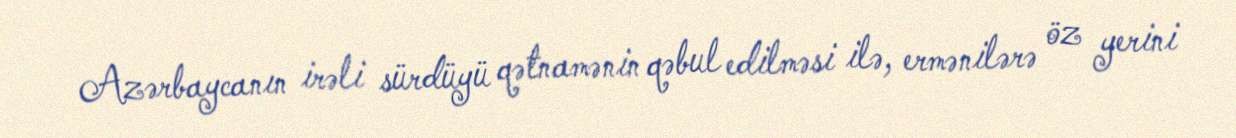
Azərbaycanın irəli sürdüyü qətnamənin qəbul edilməsi ilə, ermənilərə öz yerini